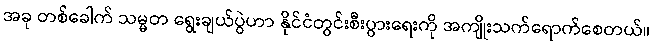
အခု တစ်ခေါက် သမ္မတ ရွေးချယ်ပွဲဟာ နိုင်ငံတွင်းစီးပွားရေးကို အကျိုးသက်ရောက်စေတယ်။